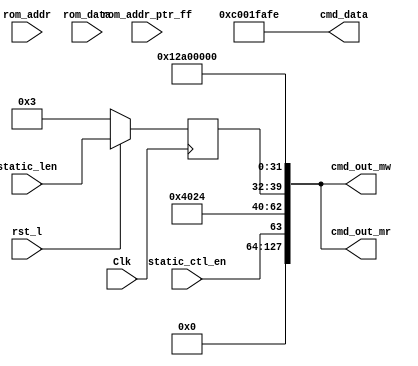
module axi_traffic_gen_v2_0_7_static_cmdgen
# (
  parameter C_ATG_STATIC_ADDRESS     = 32'h12A0_0000,
  parameter C_M_AXI_DATA_WIDTH       = 32           ,
  parameter C_ATG_MIF_ADDR_BITS      = 4 ,// 4(16),5(32),6(64),7(128),8(256)
  parameter C_ATG_STATIC_LENGTH      = 3,
  parameter C_ATG_SYSTEM_INIT        = 0,
  parameter C_ATG_SYSTEM_TEST        = 0            
) (
 input                            Clk            ,
 input                            rst_l          ,

 input                            static_ctl_en  , 
 input [7:0]                      static_len     , 
 input    [9:0]                   rom_addr_ptr_ff, 
 input   [31:0]                   rom_addr       ,
 input   [31:0]                   rom_data       ,
 output [127:0]                   cmd_out_mw     ,
 output [C_M_AXI_DATA_WIDTH-1:0]  cmd_data       ,
 output [127:0]                   cmd_out_mr      
               
);

wire [2:0] size;
generate if(C_M_AXI_DATA_WIDTH == 32 ) begin : M_SISE32
   assign size = 3'b010;
end
endgenerate
generate if(C_M_AXI_DATA_WIDTH == 64 ) begin : M_SISE64
   assign size = 3'b011;
end
endgenerate
generate if(C_M_AXI_DATA_WIDTH == 128 ) begin : M_SISE128
   assign size = 3'b100;
end
endgenerate
generate if(C_M_AXI_DATA_WIDTH == 256 ) begin : M_SISE256
   assign size = 3'b101;
end
endgenerate
generate if(C_M_AXI_DATA_WIDTH == 512 ) begin : M_SISE512
   assign size = 3'b110;
end
endgenerate

wire [5:0] id      = 6'h0;
wire [1:0] burst   = 2'b01;
reg  [7:0] len     = 8'h0;
always @(posedge Clk) begin
  len[7:0] <= (rst_l) ? static_len[7:0] : C_ATG_STATIC_LENGTH;
end
//
//Static-mode
//
generate if(C_ATG_SYSTEM_INIT == 0 &&
            C_ATG_SYSTEM_TEST == 0 ) begin : STATIC_MODE_ON
assign cmd_out_mw = {
                     32'h0,
                     32'h0,
                     static_ctl_en,7'h0,3'b010,id,size,burst,2'b00,len,
                     C_ATG_STATIC_ADDRESS
                    };
assign cmd_out_mr = {
                     32'h0,
                     32'h0,
                     static_ctl_en,7'h0,3'b010,id,size,burst,2'b00,len,
                     C_ATG_STATIC_ADDRESS
                    };
assign cmd_data[C_M_AXI_DATA_WIDTH-1:0] = {
                                           64'hCAFE5AFE_C001CAFE,
                                           64'hCAFE1AFE_C001DAFE,
                                           64'hCAFE2AFE_C001EAFE,
                                           64'hCAFE3AFE_C001FAFE 
                                          };
end
endgenerate
wire system_init_en;
wire system_init_cnt_en;
wire system_init_cmd_en;
// disable when no.of commands count reached Maximum limit(16)
assign system_init_cnt_en = (rom_addr_ptr_ff[C_ATG_MIF_ADDR_BITS] != 1'b1);

// disable when command has cmd-valid bit set to 0
assign system_init_cmd_en = ~(&rom_addr); // All 1's is NOP OPCODE.
assign system_init_en = system_init_cnt_en && system_init_cmd_en;
generate if(C_ATG_SYSTEM_INIT == 1 || C_ATG_SYSTEM_TEST == 1 ) begin : SYSTEM_INIT_TEST_MODE_ON
assign cmd_out_mw = {
                     32'h0,
                     32'h0,
                     system_init_en,7'h0,3'b010,id,size,burst,2'b00,8'h0,
                     rom_addr[31:0]
                    };
assign cmd_data[C_M_AXI_DATA_WIDTH-1:0] = rom_data[31:0];
end
endgenerate
endmodule